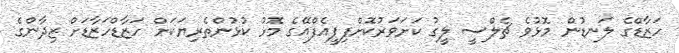
ހަޒާޑްގެ ލަނޑުން މޮޅުވެ ޗެލްސީ ލީގު ކަށަވަރުކޮށްފިޕީއެފްއޭގެ މޮޅު ކުޅުންތެރިޔަކަށް ހަޒާޑްހަޒާޑަށް ޒިދާންގެ